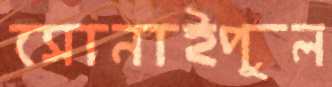
সোনাইপুল